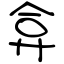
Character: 弇